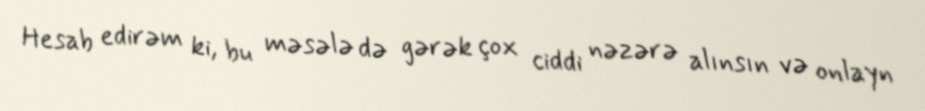
Hesab edirəm ki, bu məsələ də gərək çox ciddi nəzərə alınsın və onlayn